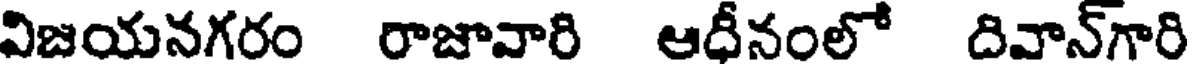
విజయనగరం రాజావారి ఆధీనంలో దివాన్గారి